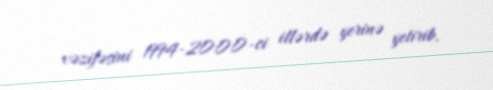
vəzifəsini 1994-2000-ci illərdə yerinə yetirib.